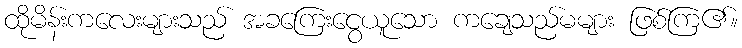
ထိုမိန်းကလေးများသည် အခကြေးငွေယူသော ကချေသည်မများ ဖြစ်ကြ၏။